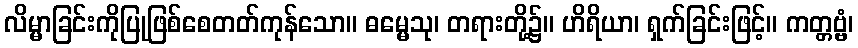
လိမ္မာခြင်းကိုပြုဖြစ်စေတတ်ကုန်သော။ ဓမ္မေသု၊ တရားတို့၌။ ဟိရိယာ၊ ရှက်ခြင်းဖြင့်။ ကတ္တဗ္ဗံ၊